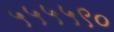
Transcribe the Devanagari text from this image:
५५५५९०